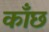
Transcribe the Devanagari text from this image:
काँछ